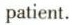
patient.